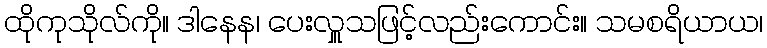
ထိုကုသိုလ်ကို။ ဒါနေန၊ ပေးလှူသဖြင့်လည်းကောင်း။ သမစရိယာယ၊